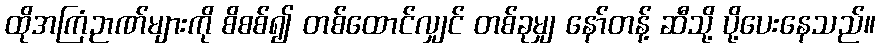
ထိုအကြံဉာဏ်များကို စိစစ်၍ တစ်ထောင်လျှင် တစ်ခုမျှ နော်တန့် ဆီသို့ ပို့ပေးနေသည်။